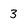
Character: 3